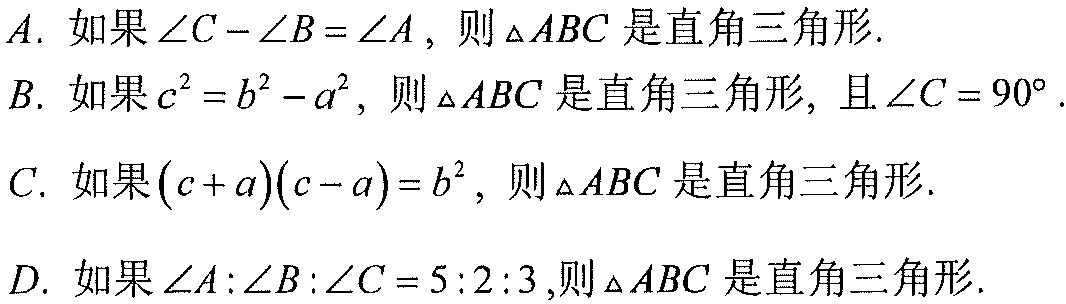
$A.$ 如果 $\angle C-\angle B = \angle A$, 则$\triangle ABC$ 是直角三角形.
$B.$ 如果 $c^{2}=b^{2}-a^{2}$, 则$\triangle ABC$ 是直角三角形, 且 $\angle C = 90^{\circ}$.
$C.$ 如果 $(c + a)(c - a)=b^{2}$, 则$\triangle ABC$ 是直角三角形.
$D.$ 如果 $\angle A:\angle B:\angle C = 5:2:3$,则$\triangle ABC$ 是直角三角形.